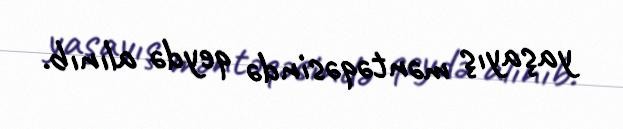
yaşayış məntəqəsində qeydə alınıb.